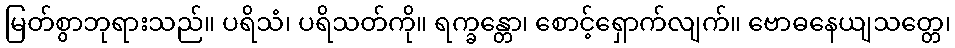
မြတ်စွာဘုရားသည်။ ပရိသံ၊ ပရိသတ်ကို။ ရက္ခန္တော၊ စောင့်ရှောက်လျက်။ ဗောဓနေယျသတ္တေ၊